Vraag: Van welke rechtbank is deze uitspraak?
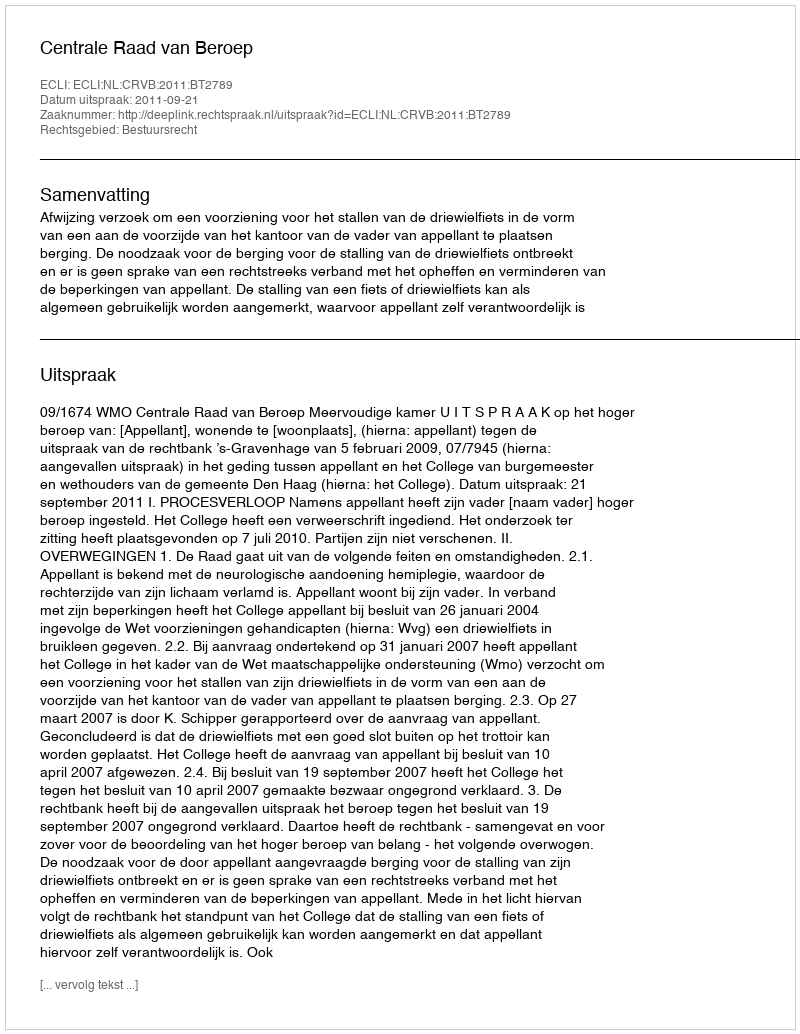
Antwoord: Centrale Raad van Beroep